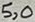
Text: 5,0